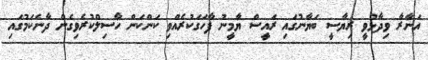
އަނާރާ ވިދާޅުވީ ރިޔާސީ ބަޔާނުގައި ރައީސް ޔާމީނު ފާހަގަކުރެއްވި ކަންކަން ހާސިލްކުރެވިގެން ދާނެކަމުގައި